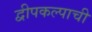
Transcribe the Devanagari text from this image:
द्वीपकल्पाची